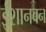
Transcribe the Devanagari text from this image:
ईशानवन